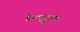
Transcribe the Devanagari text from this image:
डेलह्युजर